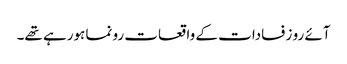
آئے رو زفسادات کے واقعات رونما ہورہے تھے۔